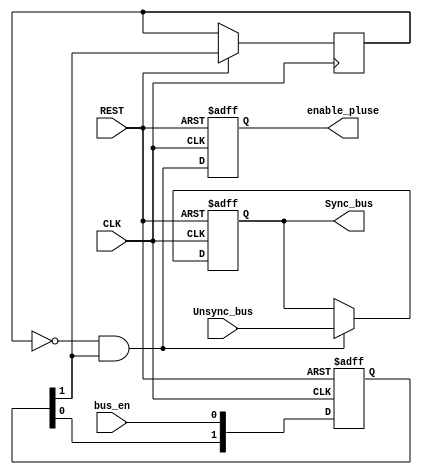
module DATA_SYNC
#(parameter DATA_WIDTH = 8 ,NUMB_STAGES = 2)
(
input wire CLK,
input wire REST,
input wire bus_en,
input wire [DATA_WIDTH-1:0] Unsync_bus,
output reg enable_pluse,
output reg [DATA_WIDTH-1:0]Sync_bus
);

integer N_FF;
reg [NUMB_STAGES-1:0] sync_flops;
reg Pulse_bt;
wire d_enable_pulse;



always@(posedge CLK ,negedge REST)
begin
  if(!REST)
        begin
	     Sync_bus <= 'b0 ;
		end
  else 
        begin 
		 if (d_enable_pulse)
		   begin
             Sync_bus <= Unsync_bus;
		   end
		else if(!d_enable_pulse)
		   begin
          Sync_bus  <= Sync_bus;
           end
		 end  
end


always@(posedge CLK , negedge REST)
begin 
   if (!REST)
      begin 
	    sync_flops <= 0 ;
	  end
   else 
      begin
        sync_flops[0] <= bus_en ;
		  for(N_FF = 1 ; N_FF < NUMB_STAGES ; N_FF = N_FF+1)
		    begin
			  sync_flops[N_FF] <= sync_flops[N_FF-1];
			  Pulse_bt   <= sync_flops[NUMB_STAGES-1] ;
			end
	  end
end




assign d_enable_pulse = (~Pulse_bt) & sync_flops[NUMB_STAGES-1];

always@ (posedge CLK , negedge REST)
begin 
   if (!REST)
      begin 
	     enable_pluse <= 0 ;
	  end
   else
      begin 
	     enable_pluse <= d_enable_pulse ;
	  end
end


endmodule